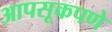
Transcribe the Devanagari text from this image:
आपसूकपणे